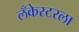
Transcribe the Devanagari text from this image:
लँकेस्टरला